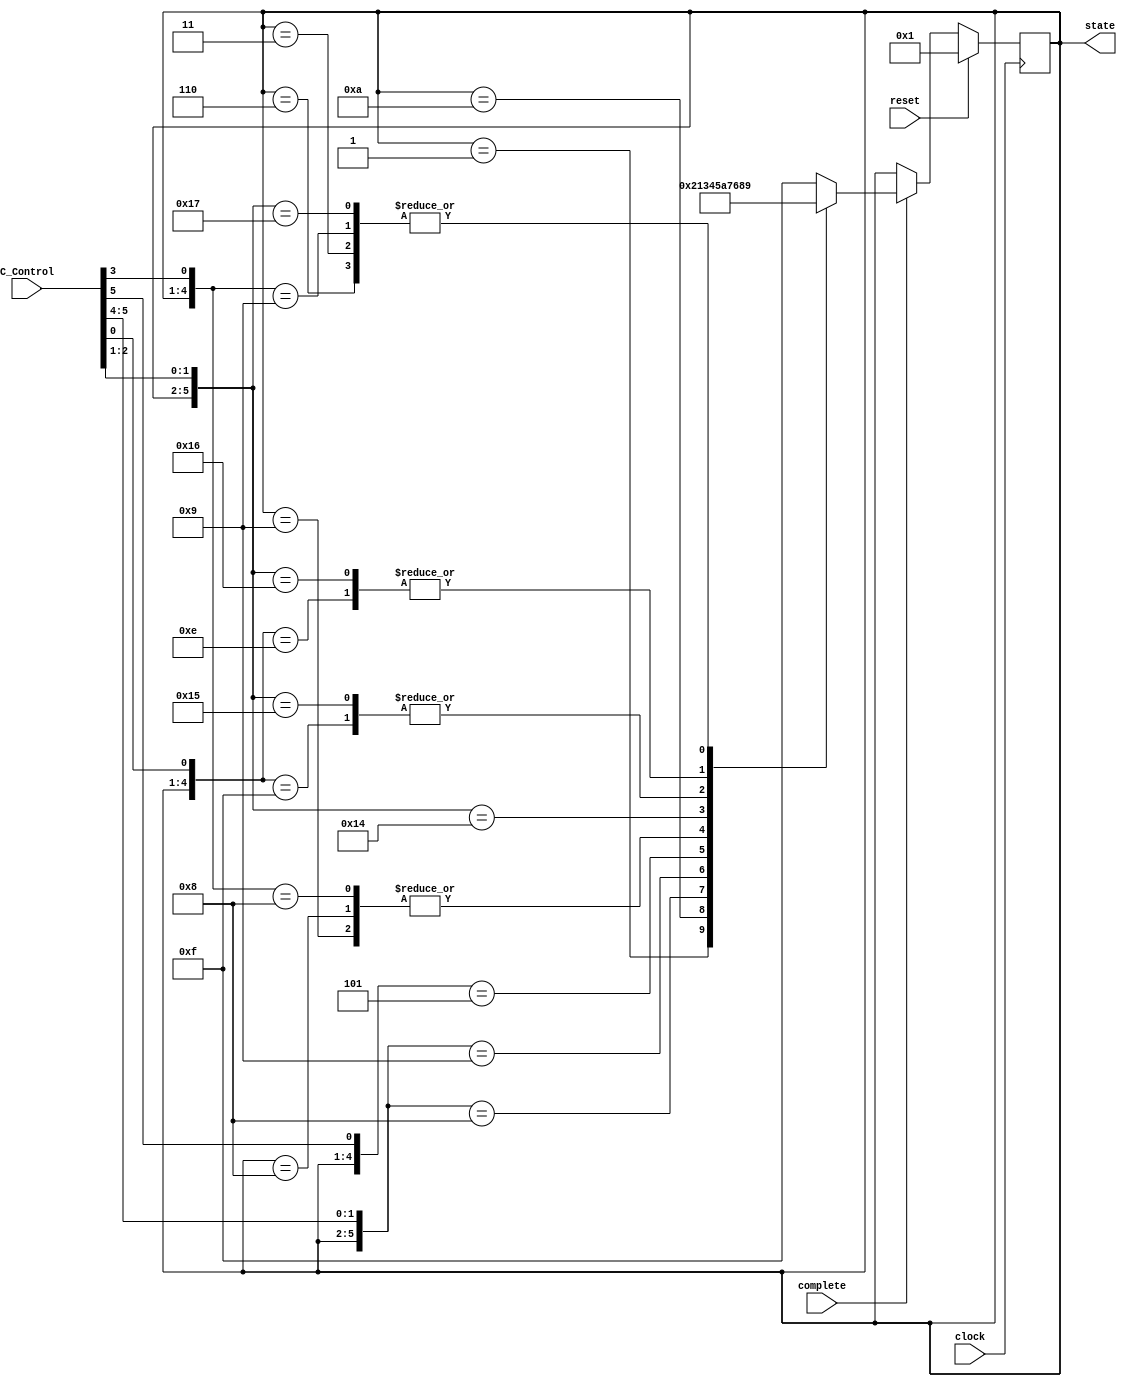
`timescale 1ns / 1ps
//////////////////////////////////////////////////////////////////////////////////
// Company: 
// Engineer: 
// 
// Design Name: 
// Module Name: Controller
// Project Name: 
// Target Devices: 
// Tool Versions: 
// Description: 
// 
// Dependencies: 
// 
// Revision:
// Revision 0.01 - File Created
// Additional Comments:
// 
//////////////////////////////////////////////////////////////////////////////////


module Controller(clock, reset, state, C_Control, complete);
 input clock, reset;         // system clock and reset
 output [3:0] state;        // system state
 input [5:0] C_Control;    // control from Decode module
 input complete;        // complete from memory

 reg [3:0] state;

always@ (posedge clock)
 if (reset) state = 4'b0001;
 else if (complete)  // use current state and C_Control to determine next state
 casex ({state, C_Control})
 10'b0001xxxxxx : state = 4'b0010;    // Fetch to Decode
 10'b0110xxxxxx : state = 4'b1001;    // Read Memory to Update Register File
 10'b1001xxxxxx : state = 4'b1010;    // Update Register File to Update PC
 10'b1010xxxxxx : state = 4'b0001; // Update PC to Fetch
 10'b0011xxxxxx : state = 4'b1001;    // Execute to Update Register File
 10'b1000xxxxxx : state = 4'b1010;    // Write Memory to Update PC
 10'b0111xxxxx0 : state = 4'b1000;    // Indirect Read to Write Memory
 10'b0111xxxxx1 : state = 4'b0110;    // Indirect Read to Read Memory
 10'b001000xxxx : state = 4'b0011;    // Decode to Execute
 10'b001001xxxx : state = 4'b0100;    // Decode to Compute Target PC
 10'b00101xxxxx : state = 4'b0101;    // Decode to Compute Memory Address
 10'b0100xx0xxx : state = 4'b1010;    // Compute Target PC to Update PC
 10'b0100xx1xxx : state = 4'b1001;    // Compute Target PC to Update Register File
 10'b0101xxx00x : state = 4'b0111;    // Compute Memory Address to Indirect Read
 10'b0101xxx01x : state = 4'b0110;    // Compute Memory Address to Read Memory
 10'b0101xxx10x : state = 4'b1000;    // Compute Memory Address to Write Memory
 10'b0101xxx11x : state = 4'b1001;    // Compute Memory Address to Update Register File      
 default : state = 4'b1111;    // Invalid state or C_Control
 endcase
endmodule